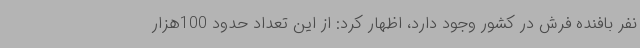
نفر بافنده فرش در کشور وجود دارد، اظهار کرد: از این تعداد حدود 100هزار